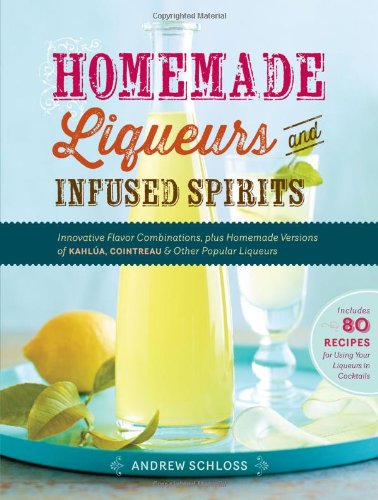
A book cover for Homemade Liqueurs and Infused Spirits: Innovative Flavor Combinations, Plus Homemade Versions of KahlÃºa, Cointreau, and Other Popular Liqueurs; Andrew Schloss; Cookbooks, Food & Wine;